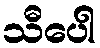
သီပေါ